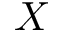
X